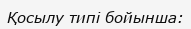
Қосылу типі бойынша: